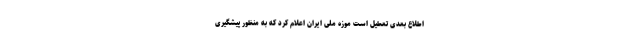
اطلاع بعدی تعطیل است موزه ملی ایران اعلام کرد که به منظور پیشگیری